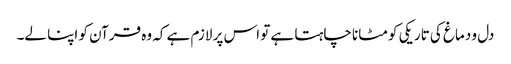
دل و دماغ کی تاریکی کو مٹانا چاہتا ہے تو اس پر لازم ہے کہ وہ قرآن کو اپنا لے۔